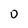
Character: 0